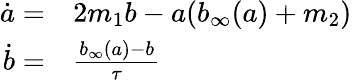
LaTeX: \begin{array}{rl}{\dot{a}=}&{{}2m_{1}b-a(b_{\infty}(a)+m_{2})}\\ {\dot{b}=}&{{}\frac{b_{\infty}(a)-b}{\tau}}\end{array}